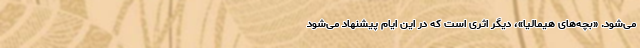
می‌شود. «بچه‌های هیمالیا»، دیگر اثری است که در این ایام پیشنهاد می‌شود